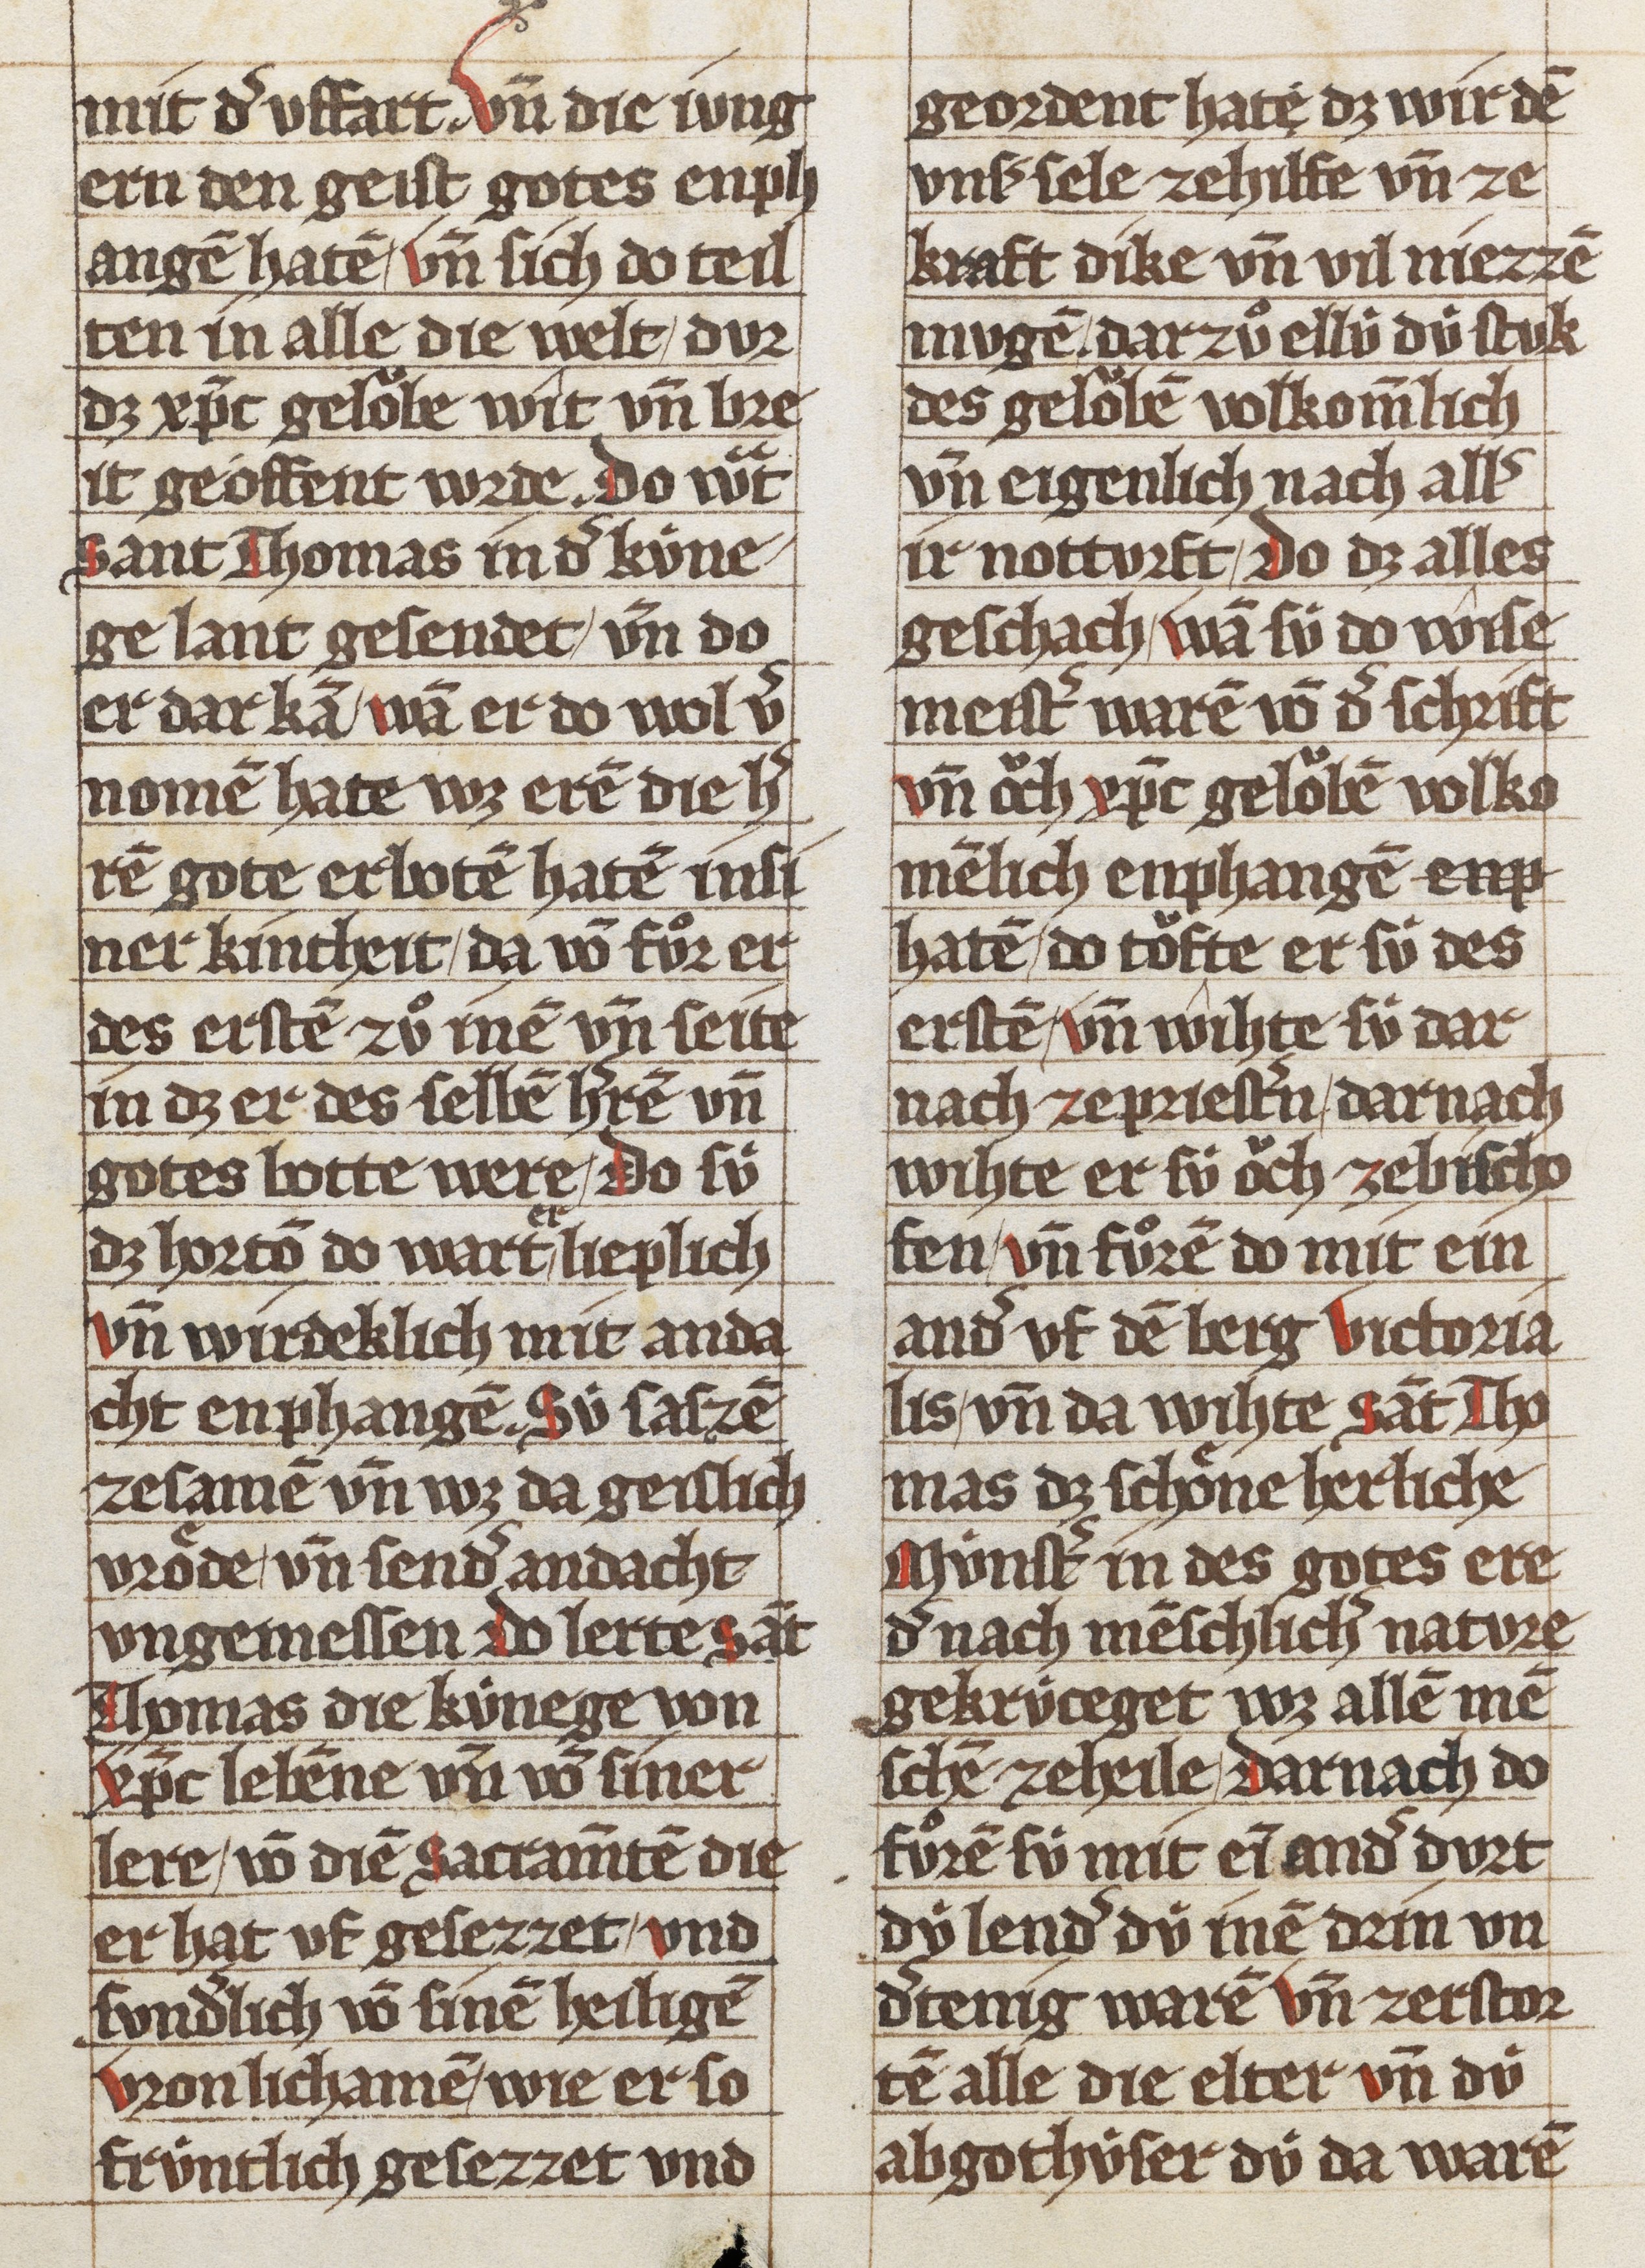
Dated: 1325–1349